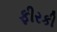
ફીરકી